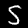
Label: 5